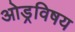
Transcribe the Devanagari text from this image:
ओड्रविषय